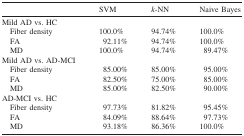
<table><thead><tr><td></td><td><b>SVM</b></td><td><b><i>k</i>-NN</b></td><td><b>Naive Bayes</b></td></tr></thead><tbody><tr><td>Mild AD vs. HC</td><td></td><td></td><td></td></tr><tr><td> Fiber density</td><td>100.0%</td><td>94.74%</td><td>100.0%</td></tr><tr><td> FA</td><td>92.11%</td><td>94.74%</td><td>100.0%</td></tr><tr><td> MD</td><td>100.0%</td><td>94.74%</td><td>89.47%</td></tr><tr><td>Mild AD vs. AD-MCI</td><td></td><td></td><td></td></tr><tr><td> Fiber density</td><td>85.00%</td><td>85.00%</td><td>95.00%</td></tr><tr><td> FA</td><td>82.50%</td><td>75.00%</td><td>85.00%</td></tr><tr><td> MD</td><td>85.00%</td><td>82.50%</td><td>90.00%</td></tr><tr><td>AD-MCI vs. HC</td><td></td><td></td><td></td></tr><tr><td> Fiber density</td><td>97.73%</td><td>81.82%</td><td>95.45%</td></tr><tr><td> FA</td><td>84.09%</td><td>88.64%</td><td>97.73%</td></tr><tr><td> MD</td><td>93.18%</td><td>86.36%</td><td>100.0%</td></tr></tbody></table>